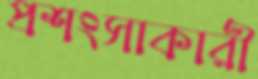
প্রশংসাকারী